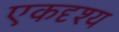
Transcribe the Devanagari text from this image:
एकदृश्य